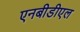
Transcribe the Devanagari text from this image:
एनबीडीएल